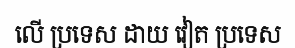
លើ ប្រទេស ដាយ វៀត ប្រទេស